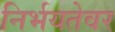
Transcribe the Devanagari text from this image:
निर्भयतेवर